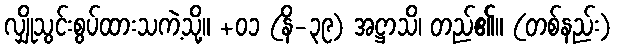
လျှိုသွင်းစွပ်ထားသကဲ့သို့။ +၀၁ (နိ-၃၉) အဋ္ဌာသိ၊ တည်၏။ (တစ်နည်း)